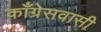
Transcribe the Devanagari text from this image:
काँग्रेसवासी